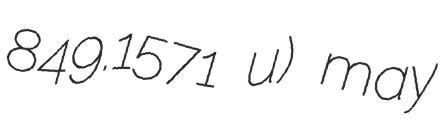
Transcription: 849.1571 u) may